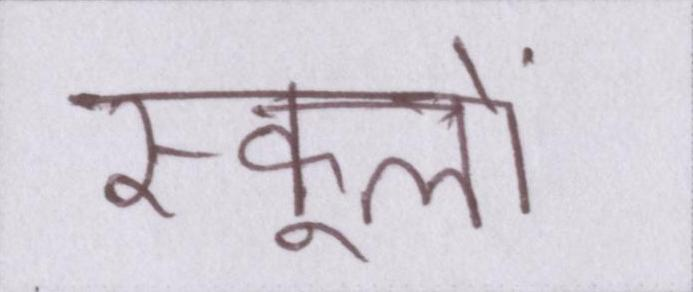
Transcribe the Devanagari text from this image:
स्कूलों